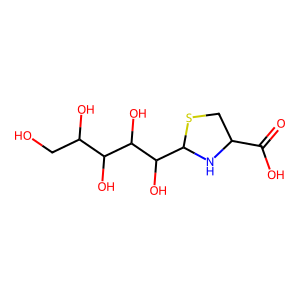
SMILES: O=C(O)C1CSC(C(O)C(O)C(O)C(O)CO)N1
Inhibits HIV replication: No